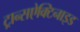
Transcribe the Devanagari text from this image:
ट्रान्सऐक्टिनाइड